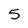
Character: 5